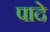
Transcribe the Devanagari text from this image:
पादे